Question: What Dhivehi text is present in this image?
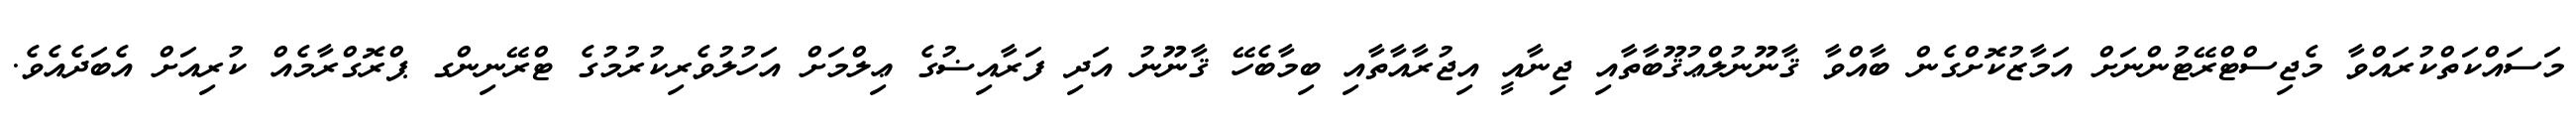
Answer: މަސައްކަތްކުރައްވާ މެޖިސްޓްރޭޓުންނަށް އަމާޒުކޮށްގެން ބާއްވާ ޤާނޫނުލްޢުޤޫބާތާއި ޖިނާއީ އިޖުރާއާތާއި ބިމާބެހޭ ޤާނޫނު އަދި ފަރާއިޟުގެ ޢިލްމަށް އަހުލުވެރިކުރުމުގެ ޓްރޭނިންގ ޕްރޮގްރާމެއް ކުރިއަށް އެބަދެއެވެ.